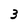
Character: 3